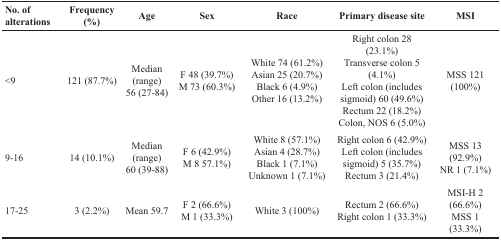
| No. of alterations | Frequency (%) | Age | Sex | Race | Primary disease site | MSI |
 | --- | --- | --- | --- | --- | --- | --- |
 | <9 | 121 (87.7%) | Median (range) 56 (27-84) | F 48 (39.7%) M 73 (60.3%) | White 74 (61.2%) Asian 25 (20.7%) Black 6 (4.9%) Other 16 (13.2%) | Right colon 28 (23.1%) Transverse colon 5 (4.1%) Left colon (includes sigmoid) 60 (49.6%) Rectum 22 (18.2%) Colon, NOS 6 (5.0%) | MSS 121 (100%) |
 | 9-16 | 14 (10.1%) | Median (range) 60 (39-88) | F 6 (42.9%)M 8 57.1%) | White 8 (57.1%) Asian 4 (28.7%) Black 1 (7.1%) Unknown 1 (7.1%) | Right colon 6 (42.9%) Left colon (includes sigmoid) 5 (35.7%) Rectum 3 (21.4%) | MSS 13 (92.9%) NR 1 (7.1%) |
 | 17-25 | 3 (2.2%) | Mean 59.7 | F 2 (66.6%) M 1 (33.3%) | White 3 (100%) | Rectum 2 (66.6%) Right colon 1 (33.3%) | MSI-H 2 (66.6%) MSS 1 (33.3%) |